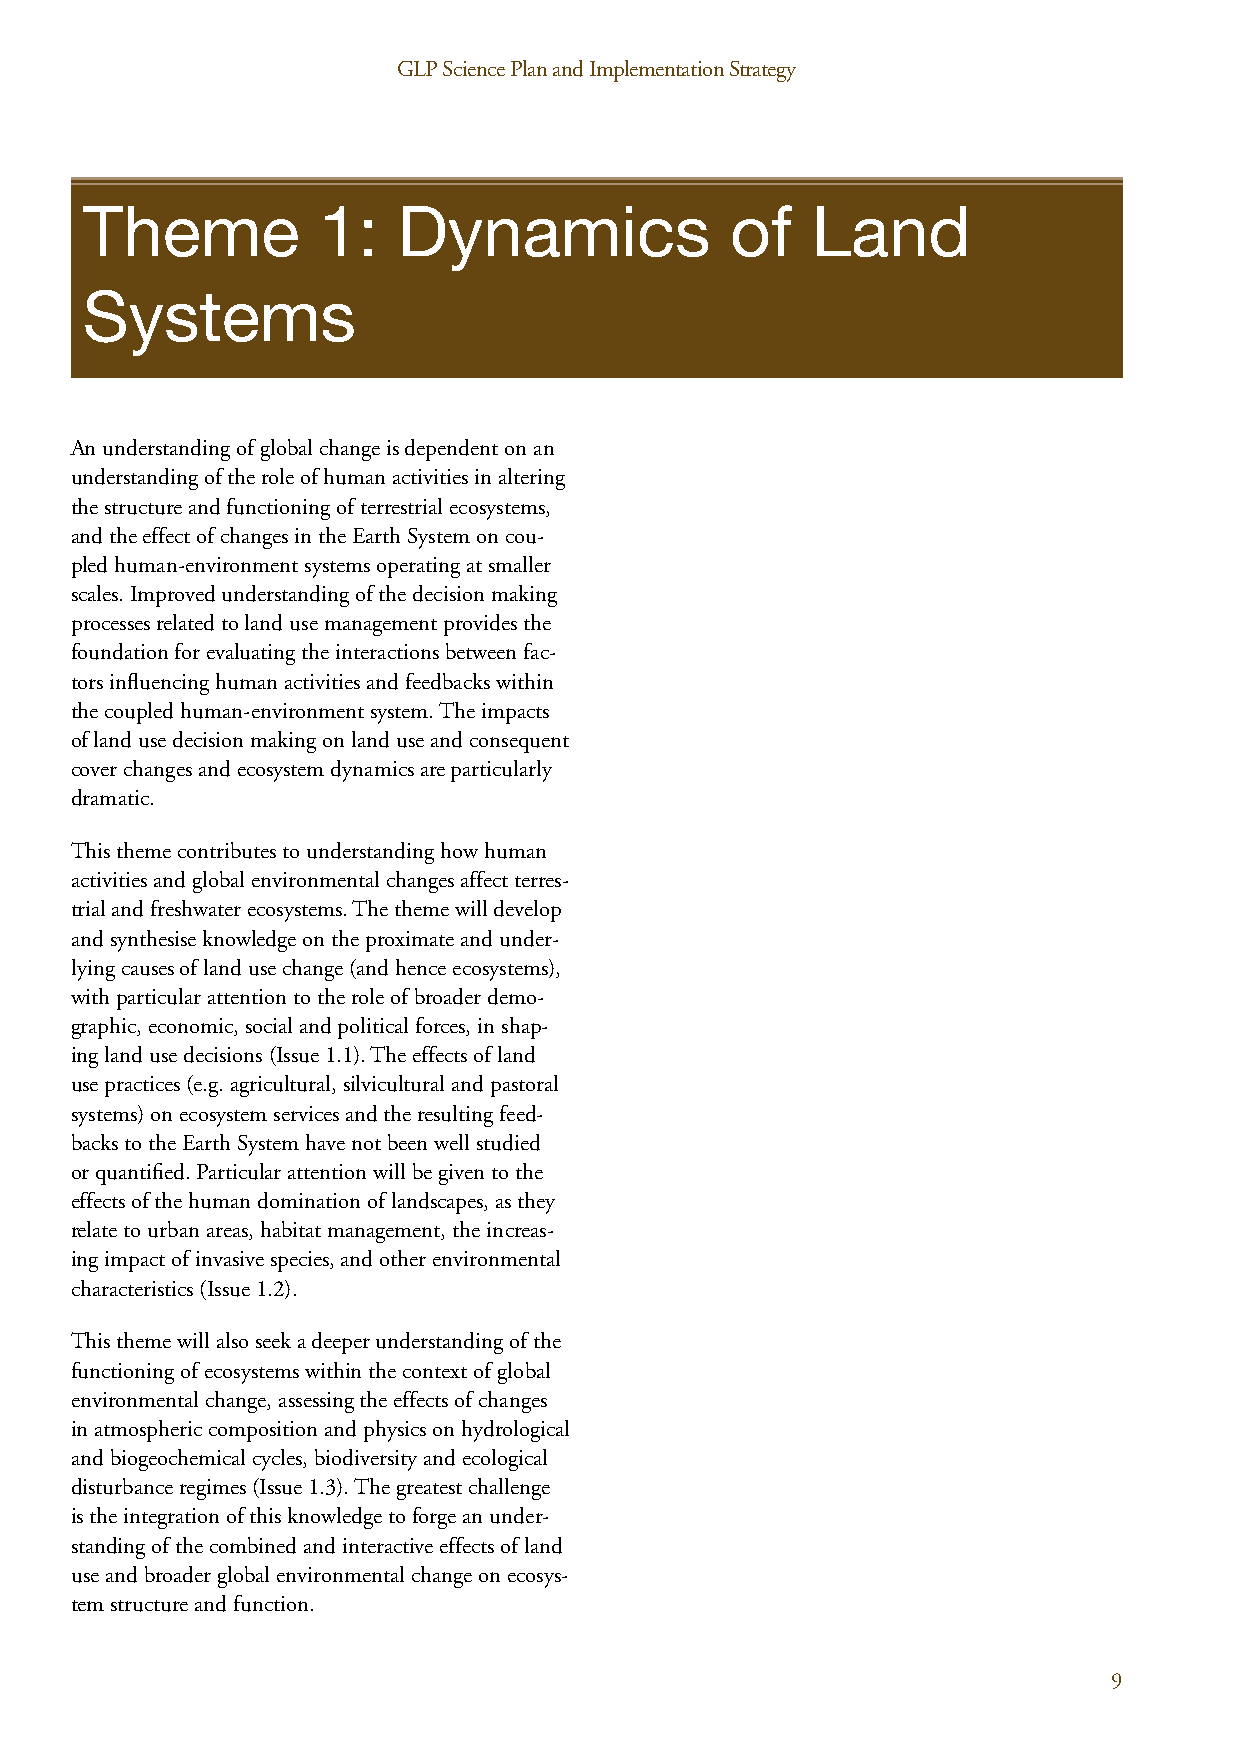
GLP Science Plan and Implementation Strategy GLP Science Plan and Implementation Strategy
 Theme           1:   Dynamics              of    Land
 Systems
 An understanding of global change is dependent on an
 understanding of the role of human activities in altering
 the structure and functioning of terrestrial ecosystems,
 and the effect of changes in the Earth System on cou-
 pled human-environment systems operating at smaller
 scales. Improved understanding of the decision making
 processes related to land use management provides the
 foundation for evaluating the interactions between fac-
 tors influencing human activities and feedbacks within
 the coupled human-environment system. The impacts
 of land use decision making on land use and consequent
 cover changes and ecosystem dynamics are particularly
 dramatic.
 This theme contributes to understanding how human
 activities and global environmental changes affect terres-
 trial and freshwater ecosystems. The theme will develop
 and synthesise knowledge on the proximate and under-
 lying causes of land use change (and hence ecosystems),
 with particular attention to the role of broader demo-
 graphic, economic, social and political forces, in shap-
 ing land use decisions (Issue 1.1). The effects of land
 use practices (e.g. agricultural, silvicultural and pastoral
 systems) on ecosystem services and the resulting feed-
 backs to the Earth System have not been well studied
 or quantified. Particular attention will be given to the
 effects of the human domination of landscapes, as they
 relate to urban areas, habitat management, the increas-
 ing impact of invasive species, and other environmental
 characteristics (Issue 1.2).
 This theme will also seek a deeper understanding of the
 functioning of ecosystems within the context of global
 environmental change, assessing the effects of changes
 in atmospheric composition and physics on hydrological
 and biogeochemical cycles, biodiversity and ecological
 disturbance regimes (Issue 1.3). The greatest challenge
 is the integration of this knowledge to forge an under-
 standing of the combined and interactive effects of land
 use and broader global environmental change on ecosys-
 tem structure and function.
 8                                                                         9